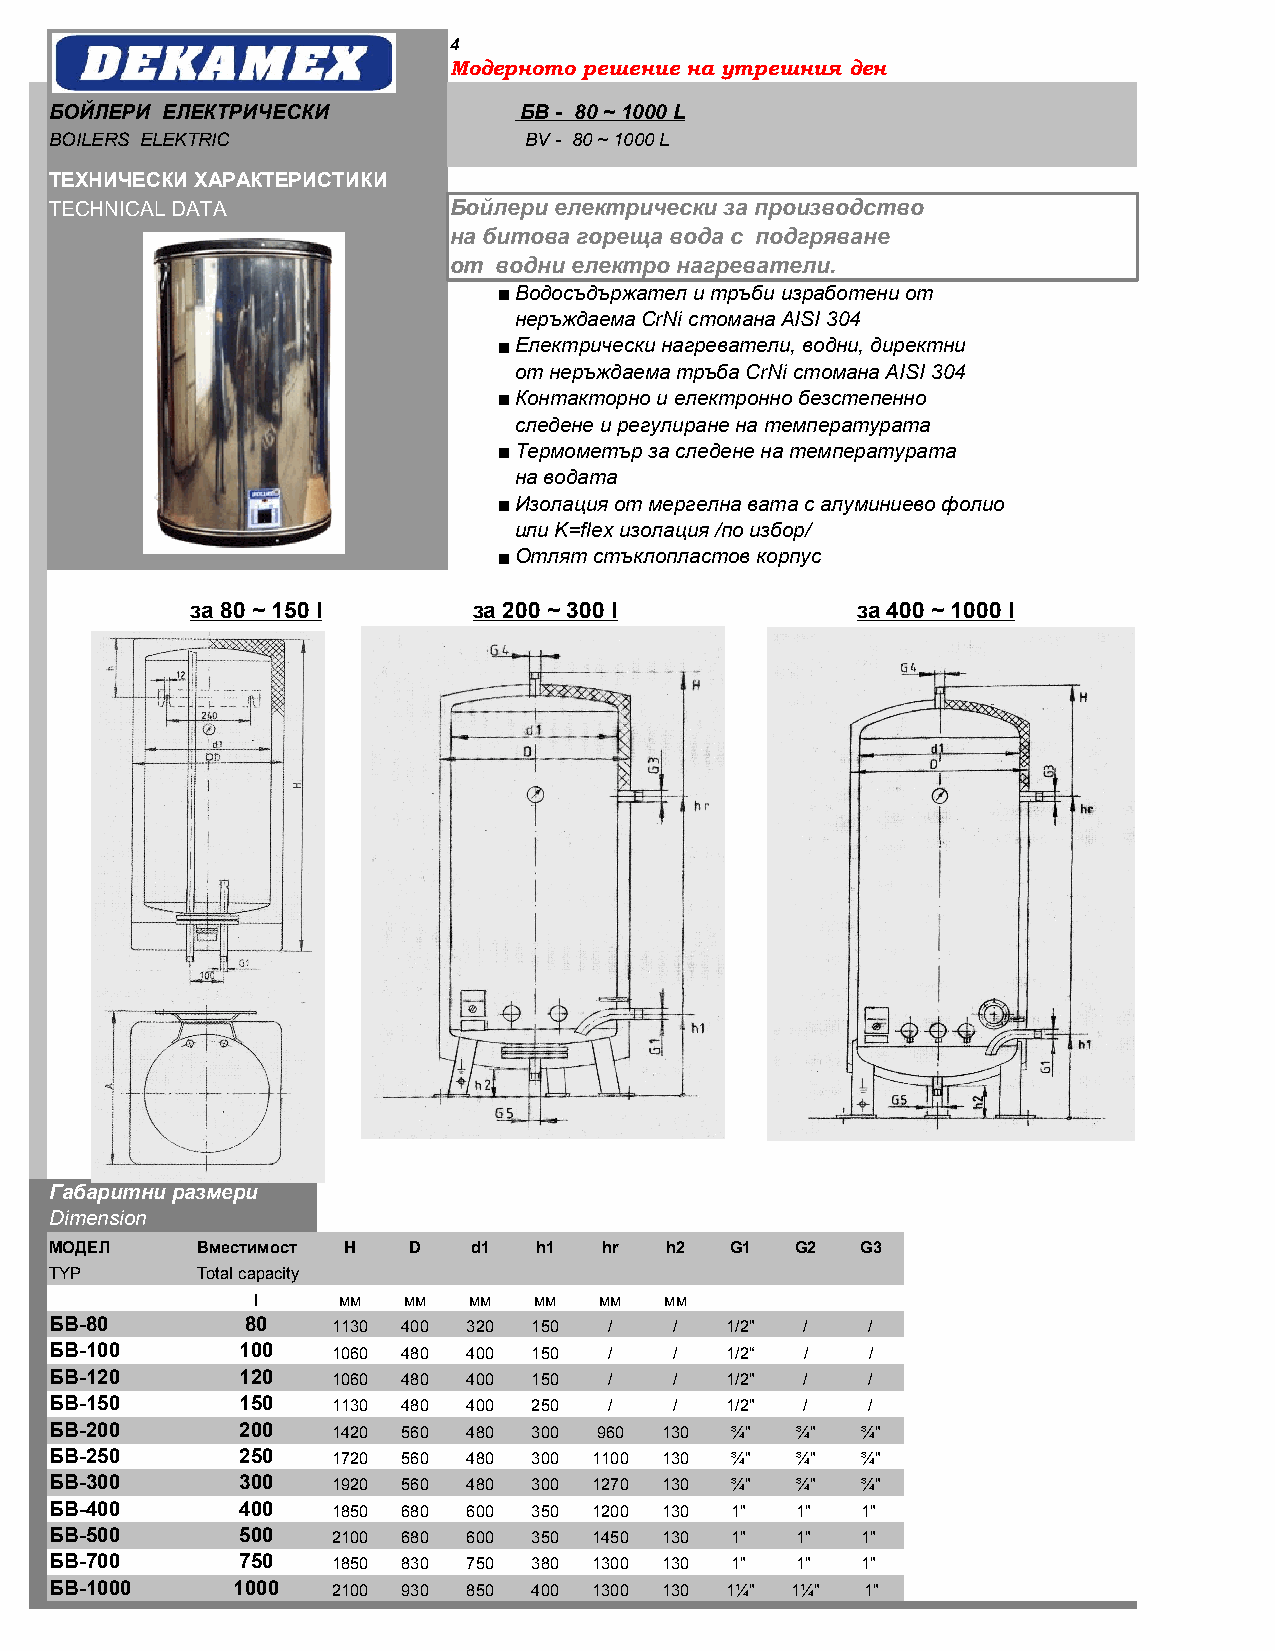
4
 Модерното решение на утрешния ден
 БОЙЛЕРИ ЕЛЕКТРИЧЕСКИ           БВ - 80 ~ 1000 L
 BOILERS ELEKTRIC                BV - 80 ~ 1000 L
 ТЕХНИЧЕСКИ ХАРАКТЕРИСТИКИ
 ТECHNICAL DATA             Бойлери електрически за производство
 на битова гореща вода с подгряване
 от водни електро нагреватели.
 ■Водосъдържател и тръби изработени от
 неръждаема CrNi стомана AISI 304
 ■Електрически нагреватели, водни, директни
 от неръждаема тръба CrNi стомана AISI 304
 ■Контакторно и електронно безстепенно
 следене и регулиране на температурата
 ■Термометър за следене на температурата
 на водата
 ■Изолация от мергелна вата с алуминиево фолио
 или K=flex изолация /по избор/
 ■Отлят стъклопластов корпус
 за 80 ~ 150 l     за 200 ~ 300 l            за 400 ~ 1000 l
 Габаритни размери
 Dimension
 МОДЕЛ     Вместимост H  D   d1  h1   hr  h2  G1   G2  G3
 TYP       Total capacity
 l    мм   мм  мм  мм   мм  мм
 БВ-80        80    1130 400 320 150  /    /  1/2" /    /
 БВ-100       100   1060 480 400 150  /    /  1/2“ /    /
 БВ-120       120   1060 480 400 150  /    /  1/2" /    /
 БВ-150       150   1130 480 400 250  /    /  1/2" /    /
 БВ-200       200   1420 560 480 300  960 130 ¾"   ¾"  ¾"
 БВ-250       250   1720 560 480 300 1100 130 ¾"   ¾"  ¾"
 БВ-300       300   1920 560 480 300 1270 130 ¾"   ¾"  ¾"
 БВ-400       400   1850 680 600 350 1200 130 1"   1"  1"
 БВ-500       500   2100 680 600 350 1450 130 1"   1"  1"
 БВ-700       750   1850 830 750 380 1300 130 1"   1"  1"
 БВ-1000     1000   2100 930 850 400 1300 130 1¼" 1¼"  1"